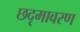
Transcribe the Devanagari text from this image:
छदृमावरण